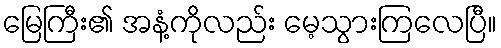
မြေကြီး၏ အနံ့ကိုလည်း မေ့သွားကြလေပြီ။